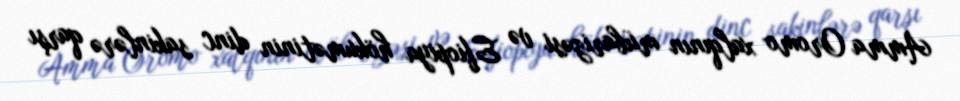
Amma Oromo xalqının mübarizəsi və Efiopiya hökumətinin dinc sakinlərə qarşı